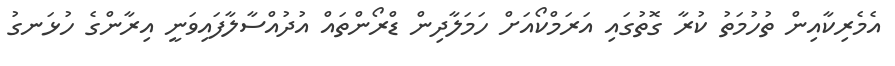
އެމެރިކާއިން ތުހުމަތު ކުރާ ގޮތުގައި އަރަމްކޯއަށް ހަމަލާދިން ޑްރޯންތައް އުދުއްސާލާފައިވަނީ އިރާންގެ ހުޅަނގު